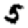
Digit: 5